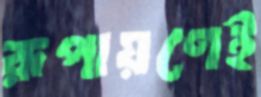
রূপায়ণেই